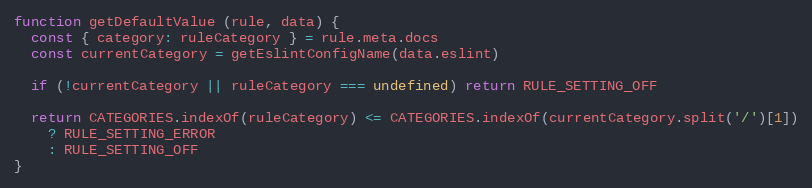
Language: JavaScript
function getDefaultValue (rule, data) {
  const { category: ruleCategory } = rule.meta.docs
  const currentCategory = getEslintConfigName(data.eslint)

  if (!currentCategory || ruleCategory === undefined) return RULE_SETTING_OFF

  return CATEGORIES.indexOf(ruleCategory) <= CATEGORIES.indexOf(currentCategory.split('/')[1])
    ? RULE_SETTING_ERROR
    : RULE_SETTING_OFF
}